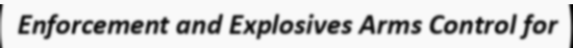
Enforcement and Explosives Arms Control for